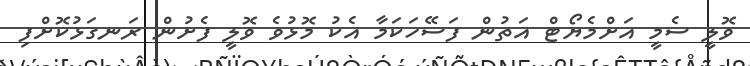
ވޮލީ ސެމީ އަށްމެޔޯޓް އަތުން ފަސޭހަކަމާ އެކު މޮޅުވެ ވޮލީ ފެށުން ރަނގަޅުކޮށްފި